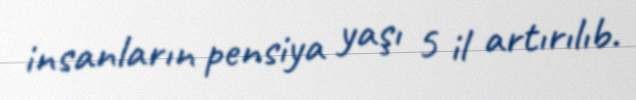
insanların pensiya yaşı 5 il artırılıb.